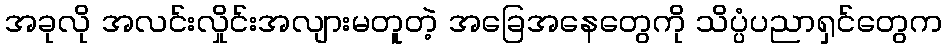
အခုလို အလင်းလှိုင်းအလျားမတူတဲ့ အခြေအနေတွေကို သိပ္ပံပညာရှင်တွေက